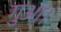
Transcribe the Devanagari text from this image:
गुआ।